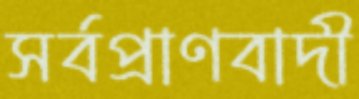
সর্বপ্রাণবাদী